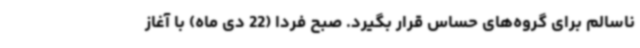
ناسالم برای گروه‌های حساس قرار بگیرد. صبح فردا (22 دی ماه) با آغاز